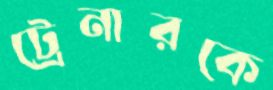
ট্রেনারকে